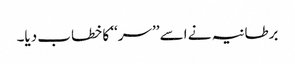
برطانیہ نے اسے ’’سر‘‘ کا خطاب دیا۔